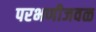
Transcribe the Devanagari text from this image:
परभणीजवळ